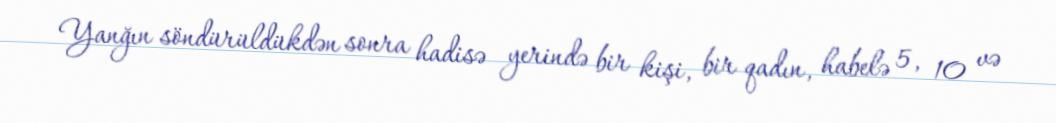
Yanğın söndürüldükdən sonra hadisə yerində bir kişi, bir qadın, habelə 5, 10 və